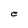
Character: e